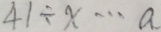
4 1 \div x \cdots a